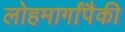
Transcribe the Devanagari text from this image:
लोहमार्गांपैकी